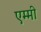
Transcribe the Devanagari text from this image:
एम्‍मी